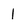
Character: 1